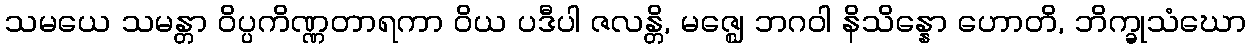
သမယေ သမန္တာ ဝိပ္ပကိဏ္ဏတာရကာ ဝိယ ပဒီပါ ဇလန္တိ, မဇ္ဈေ ဘဂဝါ နိသိန္နော ဟောတိ, ဘိက္ခုသံဃော